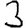
Digit: 3